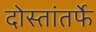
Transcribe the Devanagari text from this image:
दोस्तांतर्फे